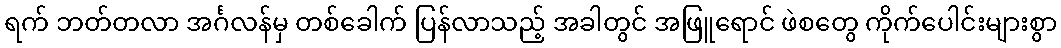
ရက် ဘတ်တလာ အင်္ဂလန်မှ တစ်ခေါက် ပြန်လာသည့် အခါတွင် အဖြူရောင် ဖဲစတွေ ကိုက်ပေါင်းများစွာ